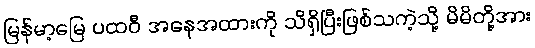
မြန်မာ့မြေ ပထဝီ အနေအထားကို သိရှိပြီးဖြစ်သကဲ့သို့ မိမိတို့အား